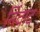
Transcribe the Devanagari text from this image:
निंवाद